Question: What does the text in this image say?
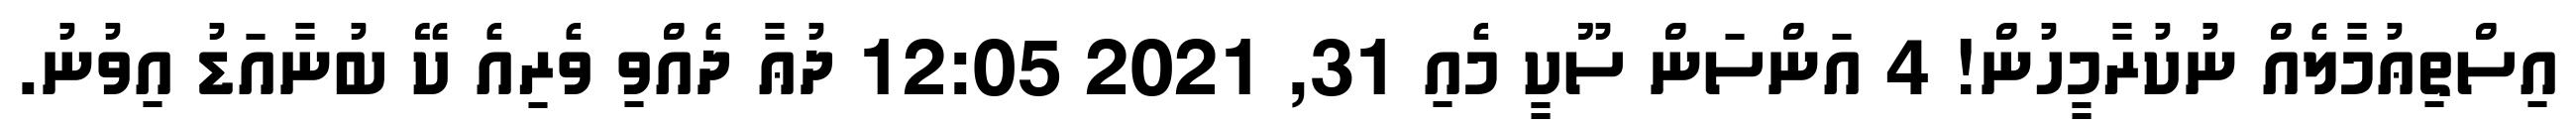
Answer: އިސްތިޢުމާލެއް ނުކުރާމީހުން! 4 އަންސަން ސޫކީ މެއި 31, 2021 12:05 ދުޢާ ދެއްވި ވެރިއެ ކޭ ބުނާއަޑު އިވުނު.